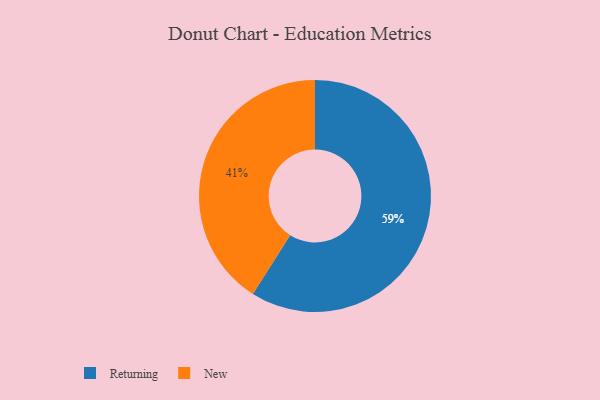
{"axis": {"x": "Category", "y": "Percentage"}, "legend": ["New", "Returning"], "data": [{"x": "Returning", "y": 59, "type": "Returning"}, {"x": "New", "y": 41, "type": "New"}]}